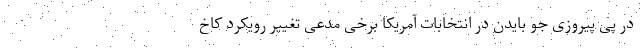
در پی پیروزی جو بایدن در انتخابات آمریکا برخی مدعی تغییر رویکرد کاخ